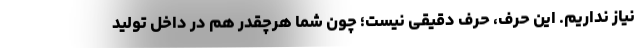
نیاز نداریم. این حرف، حرف دقیقی نیست؛ چون شما هرچقدر هم در داخل تولید